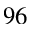
^ { 9 6 }